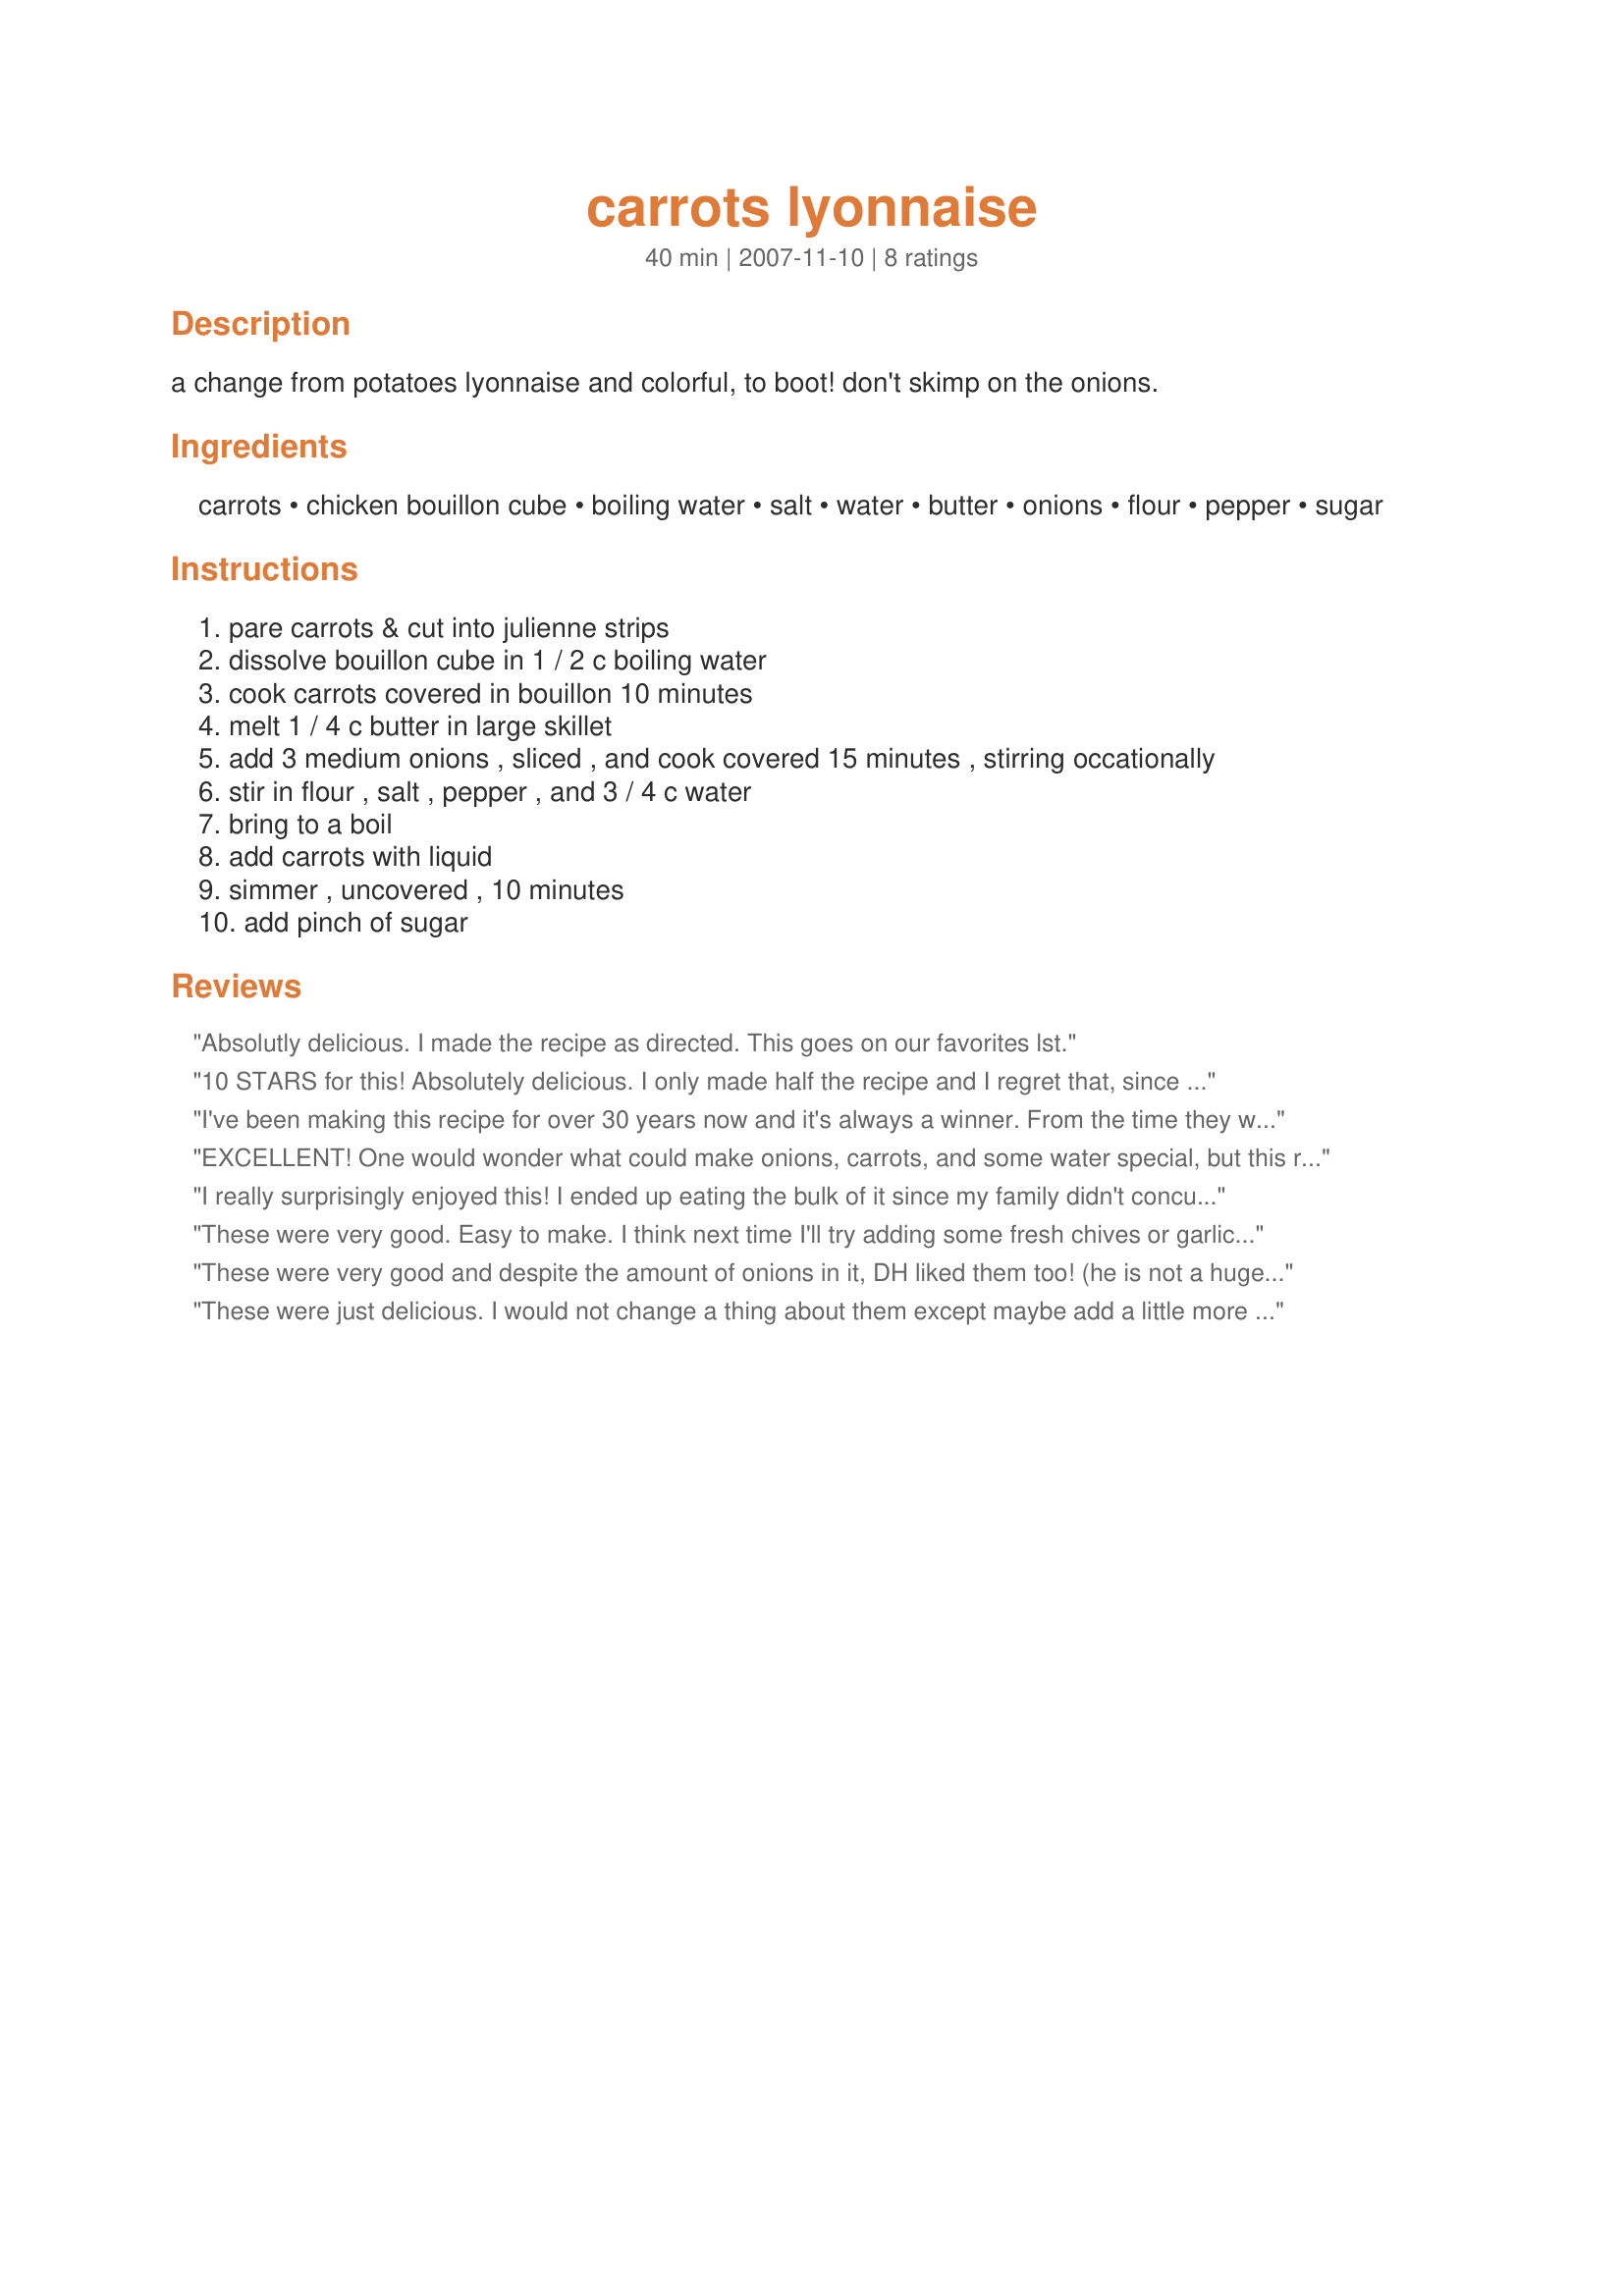
carrots lyonnaise
Preparation time: 40 minutes

a change from potatoes lyonnaise and colorful, to boot! don't skimp on the onions.

Ingredients:
carrots, chicken bouillon cube, boiling water, salt, water, butter, onions, flour, pepper, sugar

Steps:
pare carrots & cut into julienne strips
dissolve bouillon cube in 1 / 2 c boiling water
cook carrots covered in bouillon 10 minutes
melt 1 / 4 c butter in large skillet
add 3 medium onions , sliced , and cook covered 15 minutes , stirring occationally
stir in flour , salt , pepper , and 3 / 4 c water
bring to a boil
add carrots with liquid
simmer , uncovered , 10 minutes
add pinch of sugar

Reviews:
Absolutly delicious. I made the recipe as directed. This goes on our favorites lst.
10 STARS for this! Absolutely delicious. I only made half the recipe and I regret that, since I could have just made a meal of this. Will be making this often! Made for Spring 2012 Pick a Chef game.
I've been making this recipe for over 30 years now and it's always a winner. From the time they were young my kids only ate carrots this way. Also, this is really easy to make, can be made early in the day and reheated if you want.
EXCELLENT! One would wonder what could make onions, carrots, and some water special, but this recipe truly is delicious! The sauce blends blends the flavoes & make the dish a standout on the plate. I know what I'm taking the next time I'm asked to bring a side dish. Thank you for sharing the recipe! Discovered during Spring 2012 Pick A Chef. :-)
I really surprisingly enjoyed this! I ended up eating the bulk of it since my family didn't concur with my opinion. Hubs just doesn't enjoy cooked carrots no matter how i prepare them i guess. I could've eaten them alone as my entire meal. Thanks for posting.
These were very good. Easy to make. I think next time I'll try adding some fresh chives or garlic chives to it. A wonderful change from just boiled carrots. The pinch of sugar didn't seem to make any difference that I could tell but on the other hand everybody's pinches are different. <br/>Made for Chef Alphabet Soup.
These were very good and despite the amount of onions in it, DH liked them too! (he is not a huge onion fan) I used 6 carrots and 2 onions since they were kind of big. Also, I didn&#039;t have a chicken bouillon cube so used chicken stock. My carrots stuck a little because the broth cooked out, but they were still good. Made for Best of 2012 Cookbook Tag.
These were just delicious. I would not change a thing about them except maybe add a little more surgar. Just loved them. Thanks Mikekey for recommending them.
